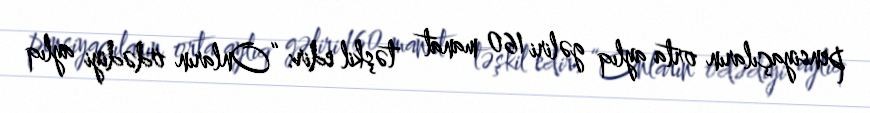
pensiyaçıların orta aylıq gəliri 160 manat təşkil edir: “Onların ödədiyi aylıq